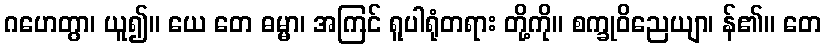
ဂဟေတွာ၊ ယူ၍။ ယေ တေ ဓမ္မာ၊ အကြင် ရူပါရုံတရား တို့ကို။ စက္ခုဝိညေယျာ၊ န်၏။ တေ